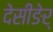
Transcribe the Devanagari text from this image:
देसीङेर्